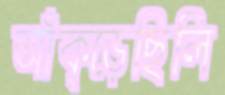
আঁক্‌ড়েছিলি